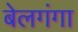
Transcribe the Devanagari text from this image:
बेलगंगा